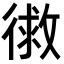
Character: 𭛾